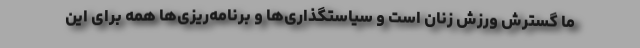
ما گسترش ورزش زنان است و سیاستگذاری‌ها و برنامه‌ریزی‌ها همه برای این